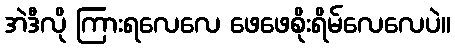
အဲဒီလို ကြားရလေလေ ဖေဖေစိုးရိမ်လေလေပဲ။